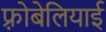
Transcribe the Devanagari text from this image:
फ़्रोबेलियाई